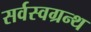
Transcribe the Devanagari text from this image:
सर्वस्वग्रन्थ